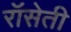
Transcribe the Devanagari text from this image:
रॉसेती